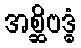
အစ္ဆိဗဒ္ဓံ